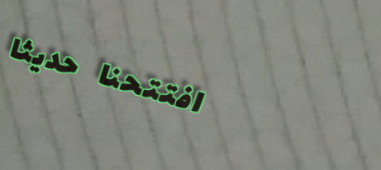
افتتحنا حديثاً